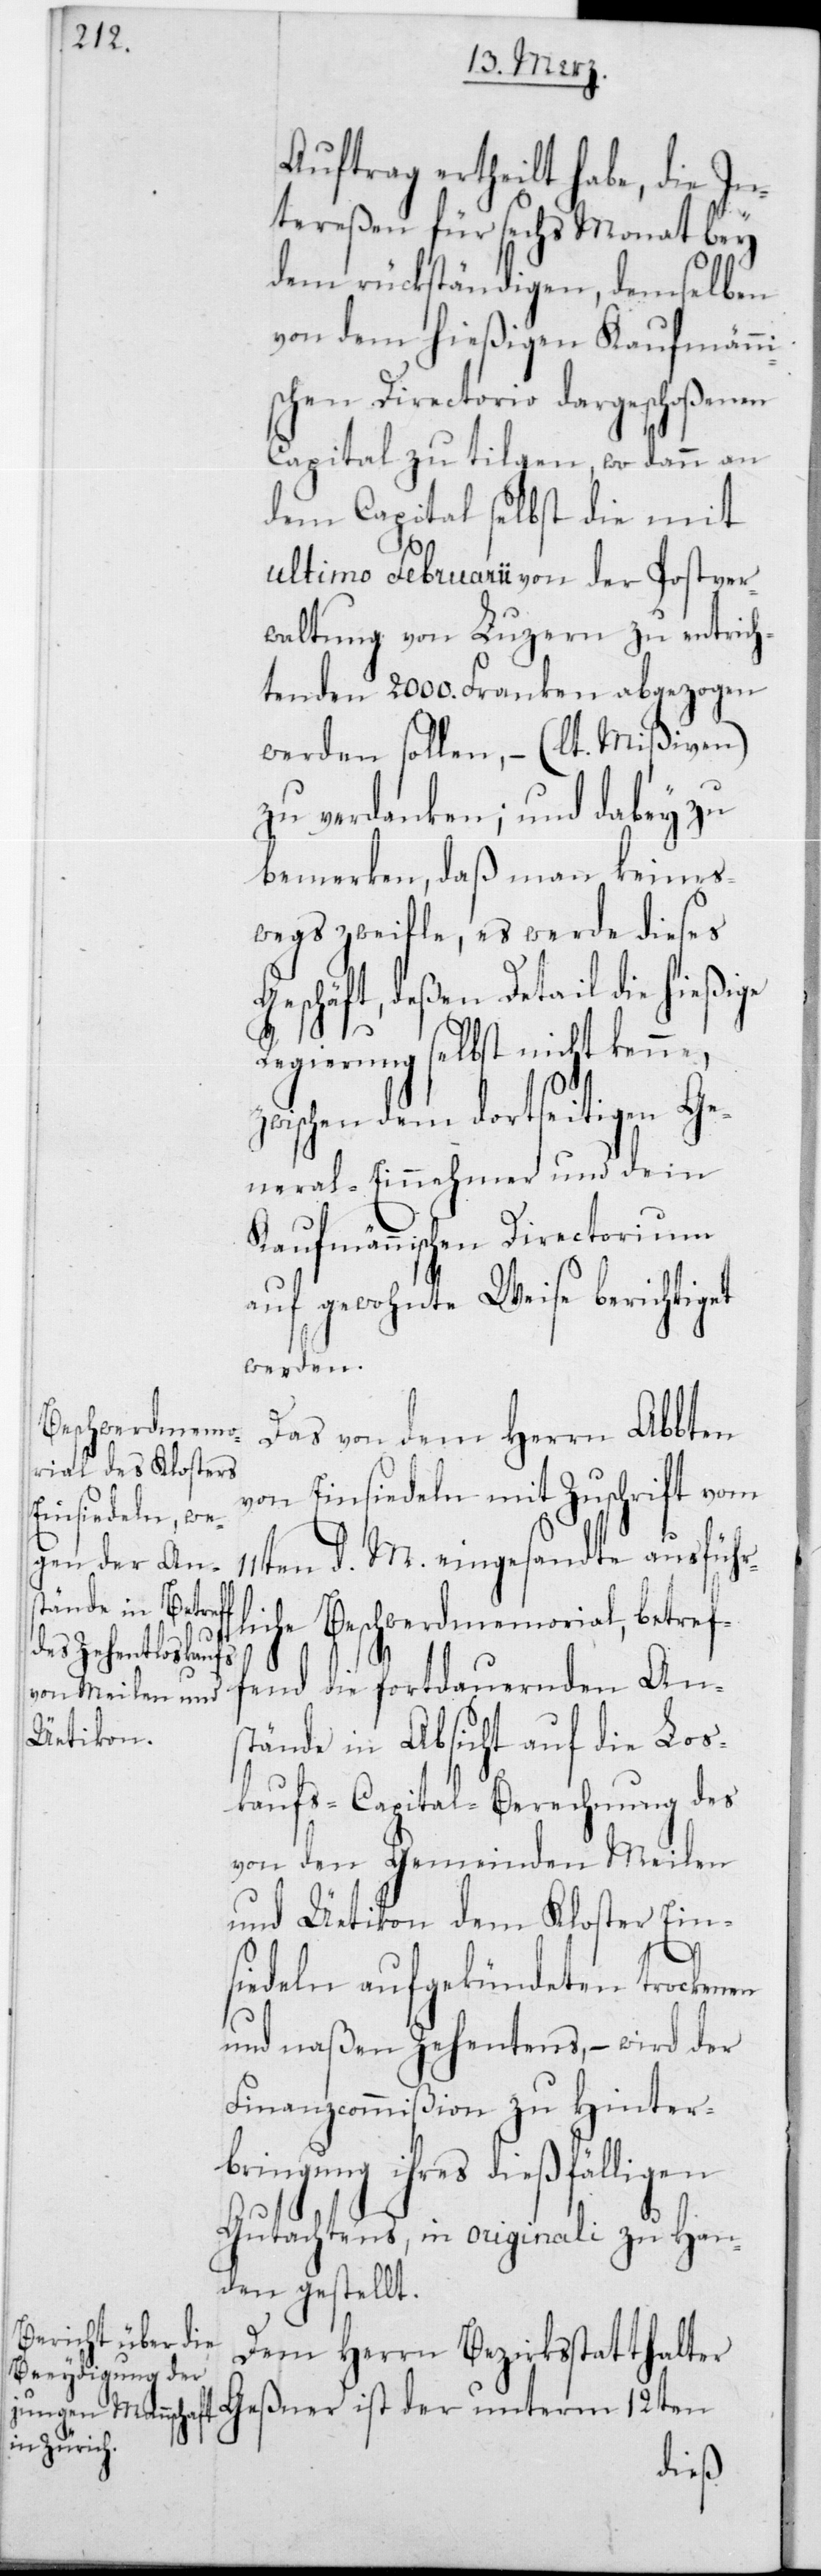
Auftrag ertheilt habe, die In¬
tereßen für sechs Monat bey
dem rückständigen, demselben
von dem hießigen Kaufmänni¬
schen Directorio dargeschoßenen
Capital zu tilgen, wo dann an
dem Capital selbst die mit
ultimo Februarii von der Postver¬
waltung von Luzern zu entrich¬
tenden 2000 Franken abgezogen
werden sollen, – (lt. Mißiven)
zu verdanken; und dabey zu
bemerken, daß man keines¬
wegs zweifle, es werde dieses
Geschäft, deßen Detail die hießige
Regierung selbst nicht kenne,
z¬
wischen dem dortseitigen G¬
eneral-Einnehmer und dem
Kaufmännischen Directorium
auf gewohnte Weise berichtiget
werden.
Das von dem Herrn Abbten
Einsiedeln mit Zuschrift vom
von
11ten d. M. eingesandte ausführl¬
iche Beschwerdmemorial, betref¬
fend die fortdauernden An¬
stände in Absicht auf die Los¬
kaufs-Capital-Berechnung des
von den Gemeinden Meilen
und Üetikon dem Kloster Ein¬
siedeln aufgekündeten trockenen
und naßen Zehentens, – wird der
Finanzcommißion zu Hinter¬
bringung ihres dießfälligen
Gutachtens, in originali zu Han¬
den gestellt.
Dem Herrn Bezirksstatthalter
Geßner ist der unterm 12ten